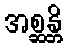
အစ္ဆန္တိ